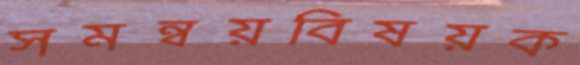
সমন্বয়বিষয়ক